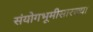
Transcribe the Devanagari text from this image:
संयोगभूमीसारख्या